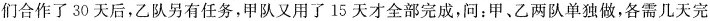
们合作了30天后，乙队另有任务，甲队又用了15天才全部完成，问：甲、乙两队单独做，各需几天完